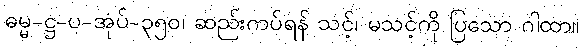
ဓမ္မ-ဋ္ဌ-ပ-အုပ်-၃၅၀၊ ဆည်းကပ်ရန် သင့်၊ မသင့်ကို ပြသော ဂါထာ။